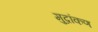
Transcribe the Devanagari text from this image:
मुद्रांकण